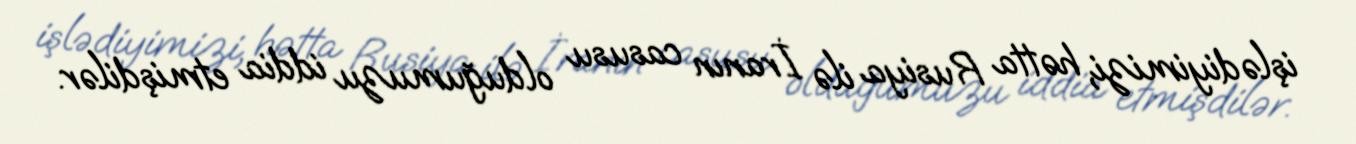
işlədiyimizi, hətta Rusiya ilə İranın casusu olduğumuzu iddia etmişdilər.